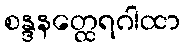
စန္ဒနတ္ထေရဂါထာ